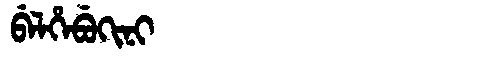
Manchu: ᠪᡝᠯᡥᡝᠪᡠᡴᡳᠨᡳ
Romanization: BELHEBUKINI